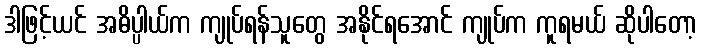
ဒါဖြင့်ယင် အဓိပ္ပါယ်က ကျုပ်ရန်သူတွေ အနိုင်ရအောင် ကျုပ်က ကူရမယ် ဆိုပါတော့